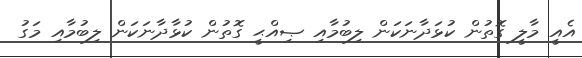
އެއީ މާލީ ގޮތުން ކުޅަދާނަކަން ލިބުމާއި ޞިއްޙީ ގޮތުން ކުޅާދާނަަކަން ލިބުމާއި މަގު